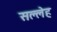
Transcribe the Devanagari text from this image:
सल्लेह